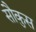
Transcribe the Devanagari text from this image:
सौकुस